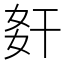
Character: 姧